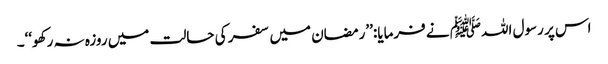
اس پر رسول اللہﷺ نے فرمایا:’’رمضان میں سفر کی حالت میں روزہ نہ رکھو‘‘۔